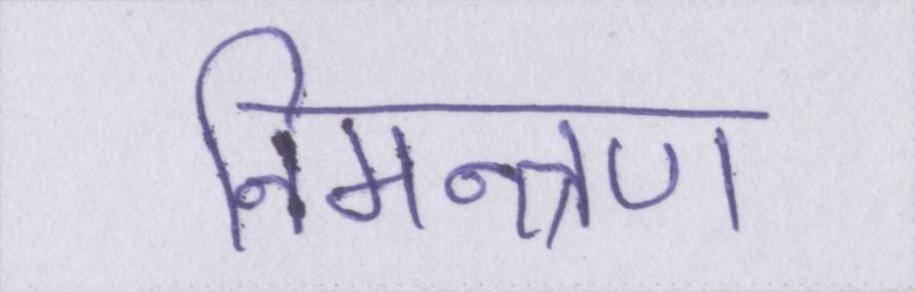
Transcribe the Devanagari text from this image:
निमन्त्रण